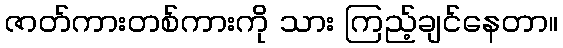
ဇာတ်ကားတစ်ကားကို သား ကြည့်ချင်နေတာ။